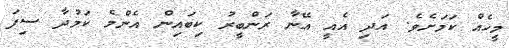
މީހެއް ކަމަށެވެ. އަދި އެއީ އޭނާ ރަންބީރު ކިބައިން އެންމެ ކަމުދާ ސިފަ